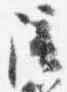
陪